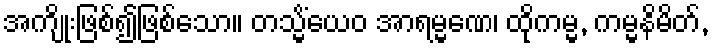
အကျိုးဖြစ်၍ဖြစ်သော။ တသ္မိံယေဝ အာရမ္မဏေ၊ ထိုကမ္မ, ကမ္မနိမိတ်,